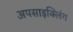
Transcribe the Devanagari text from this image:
अपसाइक्लिंग